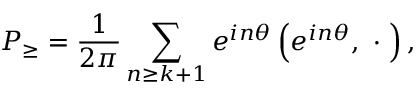
{ \cal P } _ { \geq } = \frac 1 { 2 \pi } \sum _ { n \geq k + 1 } e ^ { i n \theta } \left( e ^ { i n \theta } , \ \cdot \ \right) ,